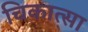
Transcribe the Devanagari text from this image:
चिकात्सा